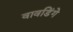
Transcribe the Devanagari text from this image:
वावडिंगे